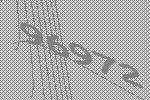
96972